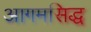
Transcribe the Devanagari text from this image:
आगमसिद्ध